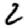
Digit: 2